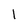
Character: I